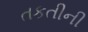
તકતીની